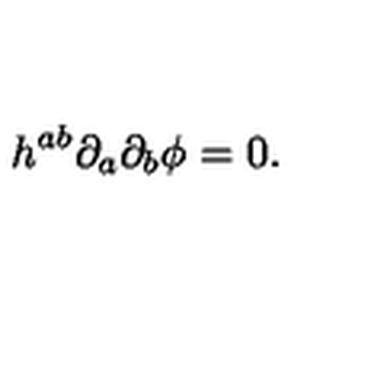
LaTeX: h ^ { a b } { \partial } _ { a } { \partial } _ { b } { \phi } = 0 .